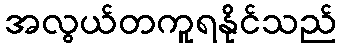
အလွယ်တကူရနိုင်သည်